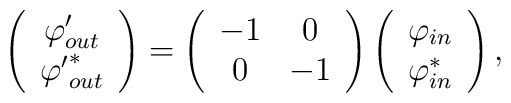
\left(\begin{array}{cc} {\varphi}'_{out} \\ {{\varphi}'}_{out}^* \\ \end{array}\right)=\left(\begin{array}{cc} -1 & 0 \\ 0 & -1 \\ \end{array} \right)\left(\begin{array}{cc} \varphi_{in} \\ \varphi_{in}^* \\ \end{array}\right),